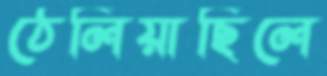
ঠেলিয়াছিলে